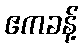
ဧကခန့်